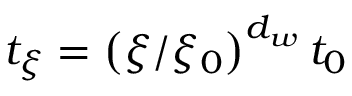
t _ { \xi } = \left( \xi / \xi _ { 0 } \right) ^ { d _ { w } } t _ { 0 }